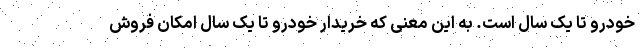
خودرو تا یک سال است. به این معنی که خریدار خودرو تا یک سال امکان فروش